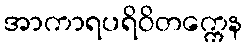
အာကာရပရိဝိတက္ကေန